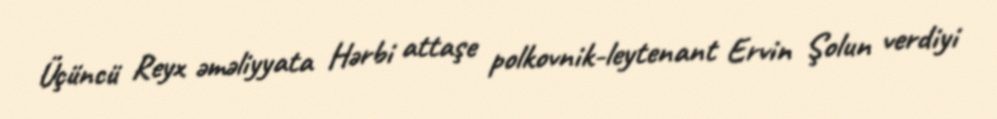
Üçüncü Reyx əməliyyata Hərbi attaşe polkovnik-leytenant Ervin Şolun verdiyi